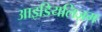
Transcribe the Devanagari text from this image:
आइडियलिज़म